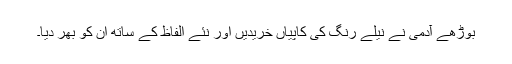
بوڑھے آدمی نے نیلے رنگ کی کاپیاں خریدیں اور نئے الفاظ کے ساتھ ان کو بھر دیا۔